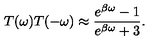
T ( \omega ) T ( - \omega ) \approx \frac { e ^ { \beta \omega } - 1 } { e ^ { \beta \omega } + 3 } .